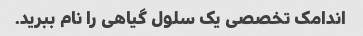
اندامک تخصصی یک سلول گیاهی را نام ببرید.